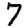
Digit: 7